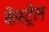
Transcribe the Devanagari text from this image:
केस्ट्रेल